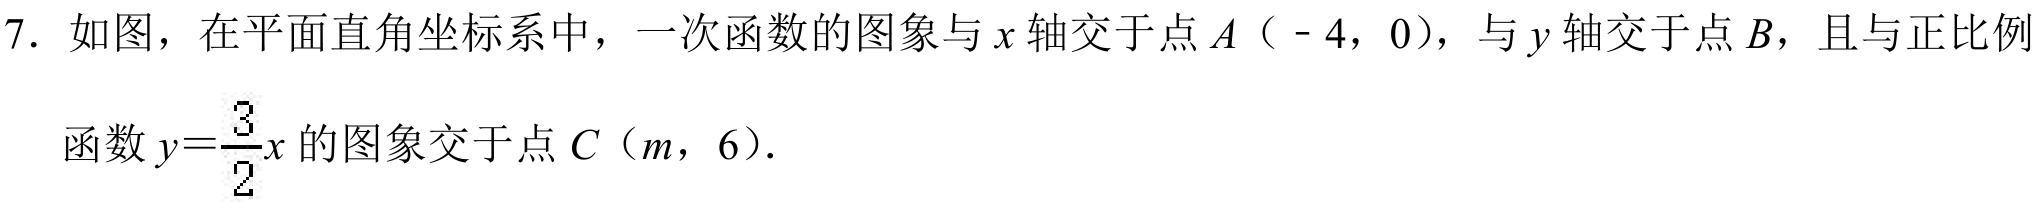
7. 如图，在平面直角坐标系中，一次函数的图象与\(x\)轴交于点\(A\)（\(-4\)，\(0\)），与\(y\)轴交于点\(B\)，且与正比例
函数\(y = \dfrac{3}{2}x\)的图象交于点\(C\)（\(m\)，\(6\)）.